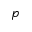
\boldsymbol { p }